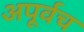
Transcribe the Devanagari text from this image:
अपूर्वच